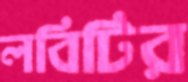
লবিটির